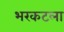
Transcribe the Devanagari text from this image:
भरकटला